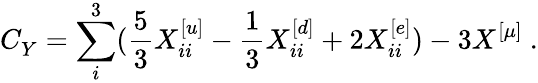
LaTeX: C_{Y}^{}=\sum_{i}^{3}({\frac{5}{3}}X_{ii}^{[u]}-{\frac{1}{3}}X_{ii}^{[d]}+2X_{ii}^{[e]})-3X_{}^{[\mu]}\ .